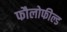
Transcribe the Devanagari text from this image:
फौलोफील्ड